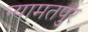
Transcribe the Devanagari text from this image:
न्यामतपुर